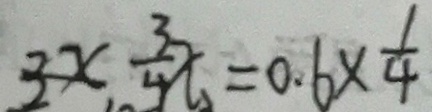
3 x \frac { 3 } { 4 } x = 0 . 6 \times \frac { 1 } { 4 }